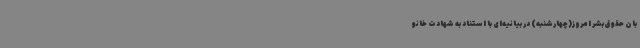
بان حقوق بشر امروز(چهارشنبه) در بیانیه‌ای با استناد به شهادت خانو